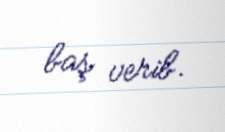
baş verib.